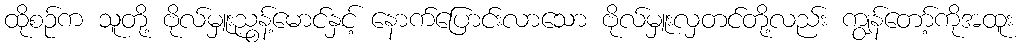
ထိုစဉ်က သူတို့ ဗိုလ်မှူးညွန့်မောင်နှင့် နောက်ပြောင်းလာသော ဗိုလ်မှူးလှတင်တို့လည်း ကျွန်တော့်ကိုအထူး